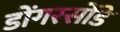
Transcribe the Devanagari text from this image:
डोंगरसोंडे